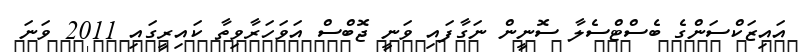
އައިޒަކްސަންގެ ބެސްޓްސެލާ ސޮނީން ނަގާފައި ވަނީ ޖޮބްސް އަވަހަރާވިތާ ކައިރީގައި 2011 ވަނަ